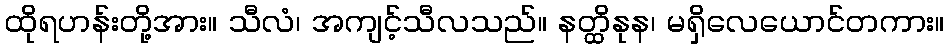
ထိုရဟန်းတို့အား။ သီလံ၊ အကျင့်သီလသည်။ နတ္ထိနုန၊ မရှိလေယောင်တကား။